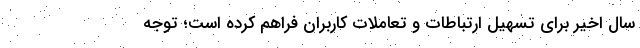
سال اخیر برای تسهیل ارتباطات و تعاملات کاربران فراهم کرده است؛ توجه